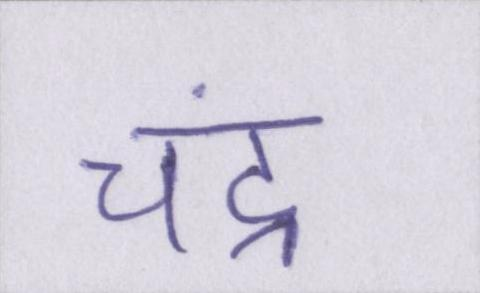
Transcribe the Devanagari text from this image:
चंद्र